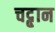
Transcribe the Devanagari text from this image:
चट्ट़ान